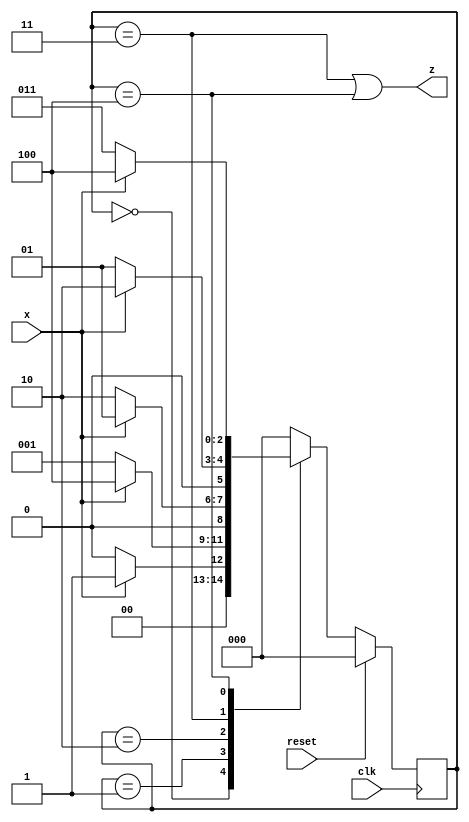
//https://hdlbits.01xz.net/wiki/Exams/2014_q3bfsm

module top_module (
    input clk,
    input reset,   // Synchronous reset
    input x,
    output z
);

    parameter A =3'b000,B = 3'b001,C = 3'b010,D = 3'b011,E = 3'b100 ;

    reg[2:0] state;
    reg[2:0] next_state;
    always @(*) begin
        case (state)
            A: next_state = x? B:A; 
            B: next_state = x?  E:B;
            C: next_state = x? B:C;
            D: next_state = x? C:B;
            E: next_state = x? E:D;
            default: next_state = A;
        endcase
    end

    always @(posedge clk ) begin
        if(reset)
            state <=A;
        else
            state <= next_state;
    end

    assign z = (state==D || state ==E);
endmodule